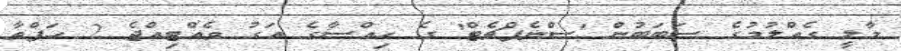
މާލީ ގެއްުލުމުގެ ސަބަބުން 'ސްނެޕްޗެޓް' ގެ ހިއްސާގެ އަގު ވެއްޓިއްޖެ 2 ހަފްތާ